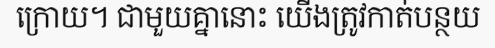
ក្រោយ។ ជាមួយគ្នានោះ យើងត្រូវកាត់បន្ថយ